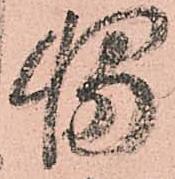
輔